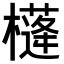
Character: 𣝘